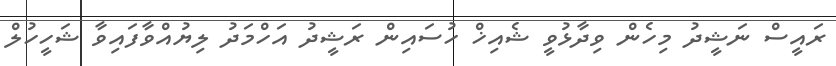
ރައީސް ނަޝީދު މިހެން ވިދާޅުވީ ޝެއިޚް ހުސައިން ރަޝީދު އަހްމަދު ލިޔުއްވާފައިވާ ޝަހީހުލް